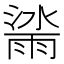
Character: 𣾙